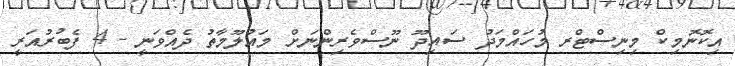
އިކޮނޮމިކް މިނިސްޓްރ މުހައްމަދު ސައިދޫ ނޫސްވެރިންނަށް މައުލޫމާތު ދެއްވަނީ - 4 ފެބުރުއަރީ